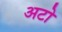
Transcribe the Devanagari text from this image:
अटो